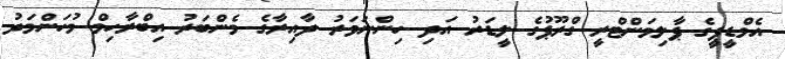
އެމްޑީޕީގެ ޕާލިމަންޓްރީ ގްރޫޕުގެ ލީޑަރު އަދި ހިންނަވަރު ދާއިރާގެ މެންބަރު އިބްރާހިމް މުހަންމަދު